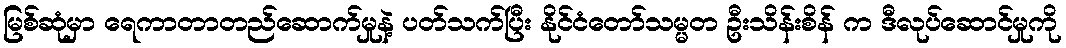
မြစ်ဆုံမှာ ရေကာတာတည်ဆောက်မှုနဲ့ ပတ်သက်ပြီး နိုင်ငံတော်သမ္မတ ဦးသိန်းစိန် က ဒီလုပ်ဆောင်မှုကို